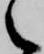
之